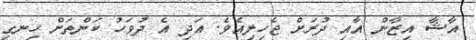
އާޝާ އިޒާން އާއި ދުރަށް ޖެހިލިއެވެ. އަދި އެ ދުވަހު ކަންތަށް ހިނގި